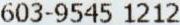
603-9545 1212